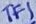
Text: TF1